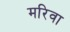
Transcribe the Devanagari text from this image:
मरिवा